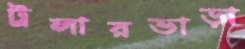
ট্রলারভাড়া